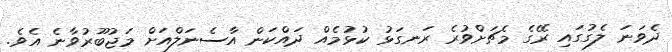
ދެވަނަ ލެގުގައި ރޭގެ މެޗަށްވުރެ ރަނގަޅު ކުޅުމެއް ދައްކަން އާސެނަލްއަށް މަޖުބޫރުވާނެ އެވެ.